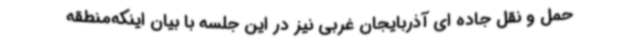
حمل و نقل جاده ای آذربایجان غربی نیز در این جلسه با بیان اینکه‌منطقه